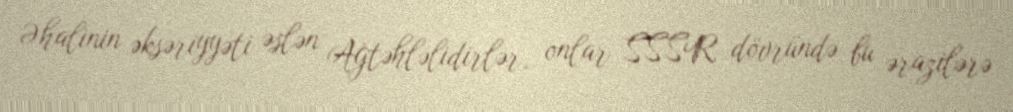
Əhalinin əksəriyyəti əslən Ağtəhləlidirlər, onlar SSSR dövründə bu ərazilərə